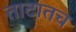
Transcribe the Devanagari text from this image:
ताटातच